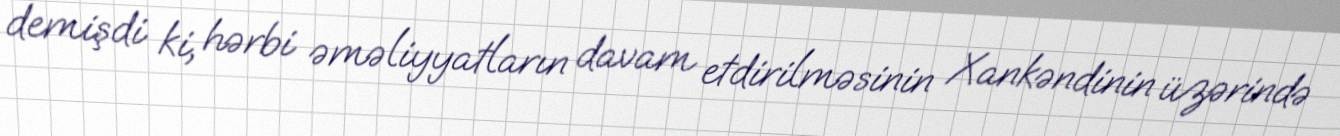
demişdi ki, hərbi əməliyyatların davam etdirilməsinin Xankəndinin üzərində